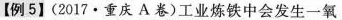
【例5】(2017·重庆A卷)工业炼铁中会发生一氧